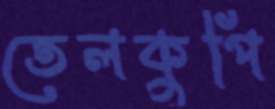
তেলকুপি